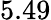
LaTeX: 5.49